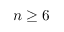
n \ge 6